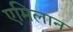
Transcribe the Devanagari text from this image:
एमिलान